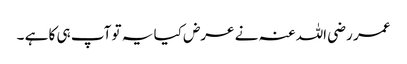
عمر رضی اللہ عنہ نے عرض کیا یہ تو آپ ہی کا ہے ۔